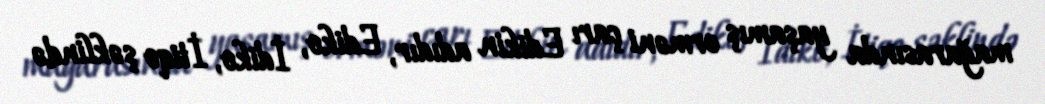
mağarasında yaşamış erməni çarı Edikin adıdır, Ediko, İdiko, İtiqo şəklində